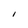
Character: I